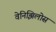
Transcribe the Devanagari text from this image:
वेनिझिलोस